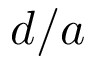
d / a